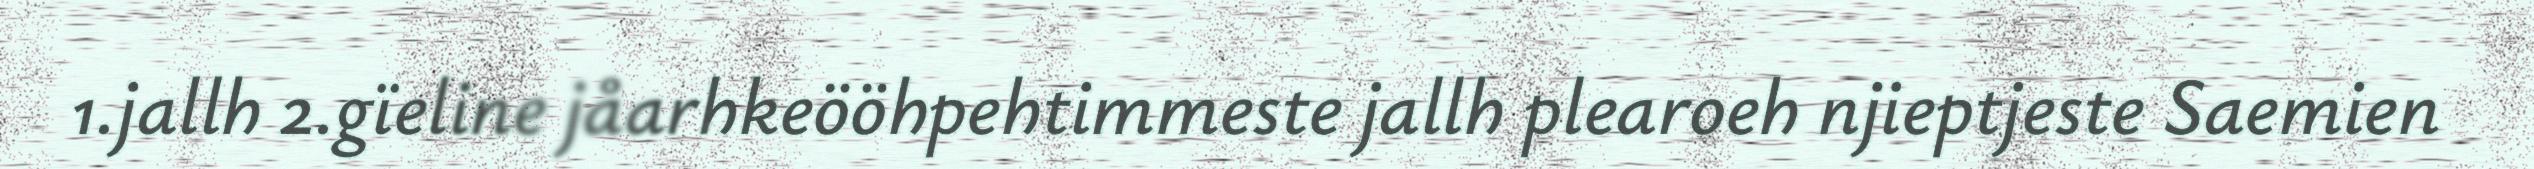
1.jallh 2.gïeline jåarhkeööhpehtimmeste jallh plearoeh njieptjeste Saemien